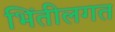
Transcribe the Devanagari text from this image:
भिंतीलगत